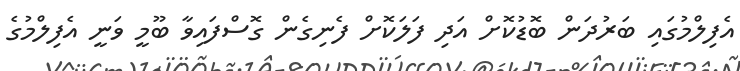
އެފިލްމުގައި ބަރުދަން ބޮޑުކޮށް އަދި ފަލަކޮށް ފެނިގެން ގޮސްފައިވާ ބޫމީ ވަނީ އެފިލްމުގެ